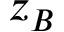
z _ { B }